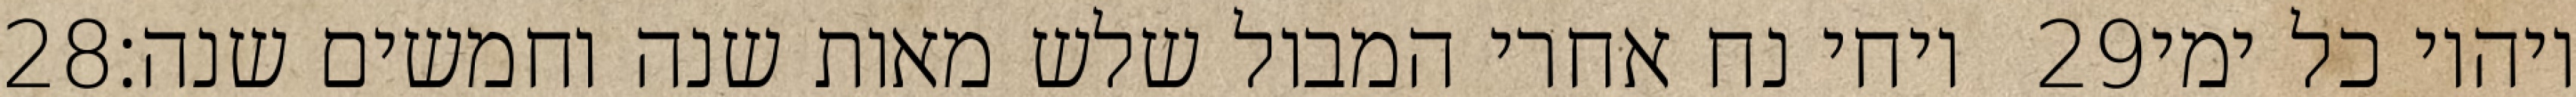
‎28‏ ויחי נח אחרי המבול שלש מאות שנה וחמשים שנה׃ ‎29‏ ויהיו כל ימי